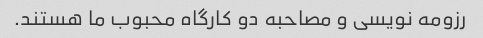
رزومه نویسی و مصاحبه دو کارگاه محبوب ما هستند.